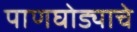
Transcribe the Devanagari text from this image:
पाणघोड्याचे